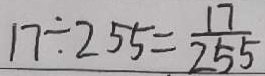
1 7 \div 2 5 5 = \frac { 1 7 } { 2 5 5 }